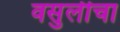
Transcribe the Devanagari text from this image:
वसुलीचा